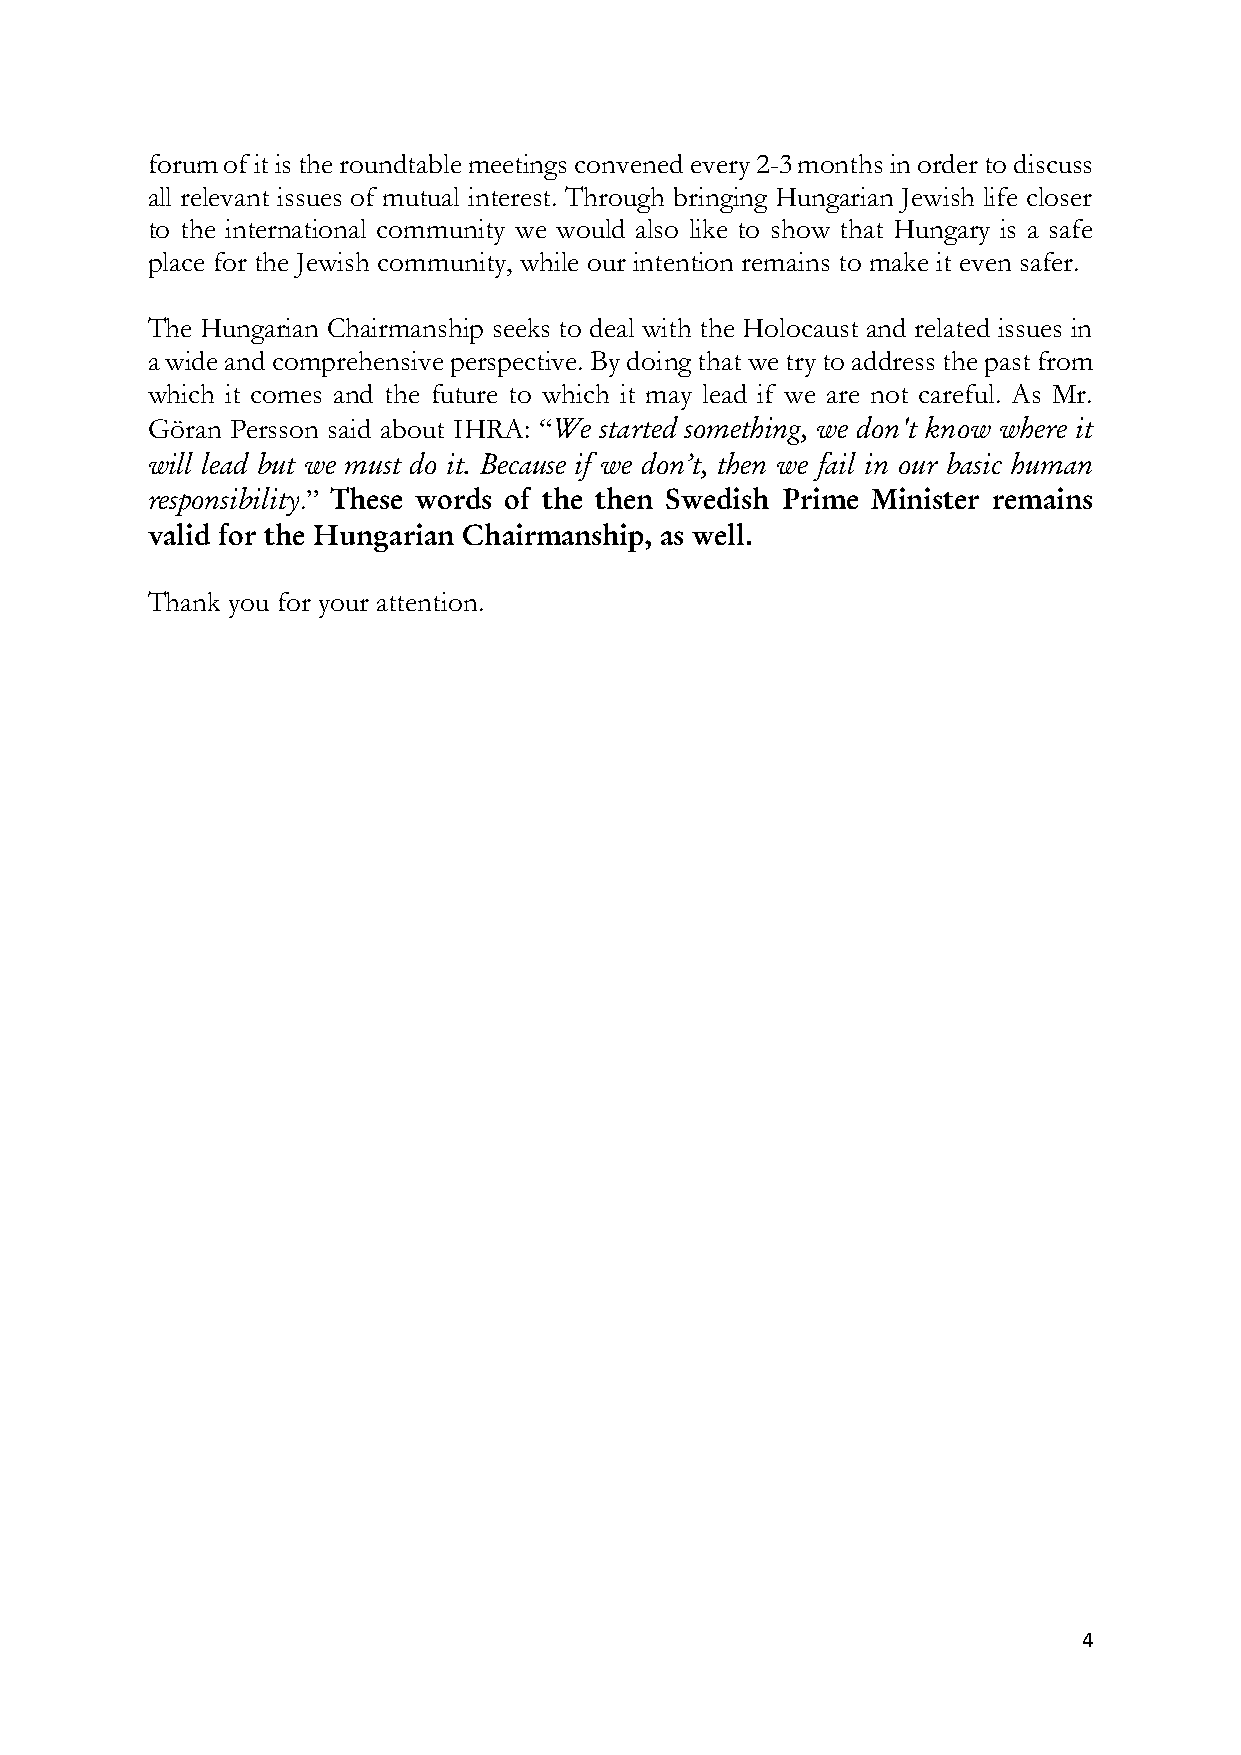
forum of it is the roundtable meetings convened every 2-3 months in order to discuss
 all relevant issues of mutual interest. Through bringing Hungarian Jewish life closer
 to the international community we would also like to show that Hungary is a safe
 place for the Jewish community, while our intention remains to make it even safer.
 The Hungarian Chairmanship seeks to deal with the Holocaust and related issues in
 a wide and comprehensive perspective. By doing that we try to address the past from
 which it comes and the future to which it may lead if we are not careful. As Mr.
 Göran Persson said about IHRA: “We started something, we don't know where it
 will lead but we must do it. Because if we don’t, then we fail in our basic human
 responsibility.” These words of the then Swedish Prime Minister remains
 valid for the Hungarian Chairmanship, as well.
 Thank you for your attention.
 4